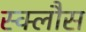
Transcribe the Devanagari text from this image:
स्क्लौस